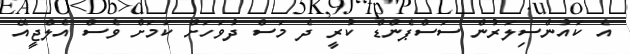
އެ ކައުންސިލަރުން ސަސްޕެންޑް ކުރީ ދެ މަސް ދުވަހަށް ކަމަށް ވެސް އެލްޖީއޭ